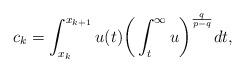
LaTeX: \begin{align*}c_k = \int_{x_k}^{x_{k+1}} u(t)\bigg(\int_t^{\infty} u \bigg)^{\frac{q}{p-q}} dt,\end{align*}